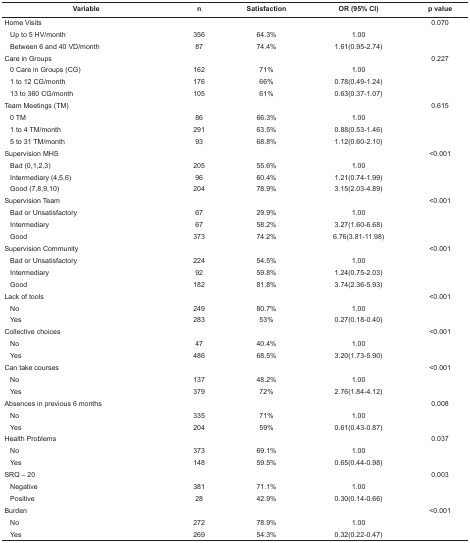
<table><thead><tr><td colspan="2"><b>Variable</b></td><td><b>n</b></td><td><b>Satisfaction</b></td><td><b>OR (95% CI)</b></td><td><b>p value</b></td></tr></thead><tbody><tr><td colspan="2"> Home Visits</td><td></td><td></td><td></td><td> 0.070</td></tr><tr><td></td><td> Up to 5 HV/month</td><td> 356</td><td> 64.3%</td><td> 1.00</td><td></td></tr><tr><td></td><td> Between 6 and 40 VD/month</td><td> 87</td><td> 74.4%</td><td> 1.61(0.95-2.74)</td><td></td></tr><tr><td colspan="2"> Care in Groups</td><td></td><td></td><td></td><td> 0.227</td></tr><tr><td></td><td> 0 Care in Groups (CG)</td><td> 162</td><td> 71%</td><td> 1.00</td><td></td></tr><tr><td></td><td> 1 to 12 CG/month</td><td> 176</td><td> 66%</td><td> 0.78(0.49-1.24)</td><td></td></tr><tr><td></td><td> 13 to 360 CG/month</td><td> 105</td><td> 61%</td><td> 0.63(0.37-1.07)</td><td></td></tr><tr><td colspan="2"> Team Meetings (TM)</td><td></td><td></td><td></td><td> 0.615</td></tr><tr><td></td><td> 0 TM</td><td> 86</td><td> 66.3%</td><td> 1.00</td><td></td></tr><tr><td></td><td> 1 to 4 TM/month</td><td> 291</td><td> 63.5%</td><td> 0.88(0.53-1.46)</td><td></td></tr><tr><td></td><td> 5 to 31 TM/month</td><td> 93</td><td> 68.8%</td><td> 1.12(0.60-2.10)</td><td></td></tr><tr><td colspan="2"> Supervision MHS</td><td></td><td></td><td></td><td> &lt;0.001</td></tr><tr><td></td><td> Bad (0,1,2,3)</td><td> 205</td><td> 55.6%</td><td> 1.00</td><td></td></tr><tr><td></td><td> Intermediary (4,5,6)</td><td> 96</td><td> 60.4%</td><td> 1.21(0.74-1.99)</td><td></td></tr><tr><td></td><td> Good (7,8,9,10)</td><td> 204</td><td> 78.9%</td><td> 3.15(2.03-4.89)</td><td></td></tr><tr><td colspan="2"> Supervision Team</td><td></td><td></td><td></td><td> &lt;0.001</td></tr><tr><td></td><td> Bad or Unsatisfactory</td><td> 67</td><td> 29.9%</td><td> 1.00</td><td></td></tr><tr><td></td><td> Intermediary</td><td> 67</td><td> 58.2%</td><td> 3.27(1.60-6.68)</td><td></td></tr><tr><td></td><td> Good</td><td> 373</td><td> 74.2%</td><td> 6.76(3.81-11.98)</td><td></td></tr><tr><td colspan="2"> Supervision Community</td><td></td><td></td><td></td><td> &lt;0.001</td></tr><tr><td></td><td> Bad or Unsatisfactory</td><td> 224</td><td> 54.5%</td><td> 1.00</td><td></td></tr><tr><td></td><td> Intermediary</td><td> 92</td><td> 59.8%</td><td> 1.24(0.75-2.03)</td><td></td></tr><tr><td></td><td> Good</td><td> 182</td><td> 81.8%</td><td> 3.74(2.36-5.93)</td><td></td></tr><tr><td colspan="2"> Lack of tools</td><td></td><td></td><td></td><td> &lt;0.001</td></tr><tr><td></td><td> No</td><td> 249</td><td> 80.7%</td><td> 1.00</td><td></td></tr><tr><td></td><td> Yes</td><td> 283</td><td> 53%</td><td> 0.27(0.18-0.40)</td><td></td></tr><tr><td colspan="2"> Collective choices</td><td></td><td></td><td></td><td> &lt;0.001</td></tr><tr><td></td><td> No</td><td> 47</td><td> 40.4%</td><td> 1.00</td><td></td></tr><tr><td></td><td> Yes</td><td> 486</td><td> 68.5%</td><td> 3.20(1.73-5.90)</td><td></td></tr><tr><td colspan="2"> Can take courses</td><td></td><td></td><td></td><td> &lt;0.001</td></tr><tr><td></td><td> No</td><td> 137</td><td> 48.2%</td><td> 1.00</td><td></td></tr><tr><td></td><td> Yes</td><td> 379</td><td> 72%</td><td> 2.76(1.84-4.12)</td><td></td></tr><tr><td colspan="2"> Absences in previous 6 months</td><td></td><td></td><td></td><td> 0.008</td></tr><tr><td></td><td> No</td><td> 335</td><td> 71%</td><td> 1.00</td><td></td></tr><tr><td></td><td> Yes</td><td> 204</td><td> 59%</td><td> 0.61(0.43-0.87)</td><td></td></tr><tr><td colspan="2"> Health Problems</td><td></td><td></td><td></td><td> 0.037</td></tr><tr><td></td><td> No</td><td> 373</td><td> 69.1%</td><td> 1.00</td><td></td></tr><tr><td></td><td> Yes</td><td> 148</td><td> 59.5%</td><td> 0.65(0.44-0.98)</td><td></td></tr><tr><td colspan="2"> SRQ – 20</td><td></td><td></td><td></td><td> 0.003</td></tr><tr><td></td><td> Negative</td><td> 381</td><td> 71.1%</td><td> 1.00</td><td></td></tr><tr><td></td><td> Positive</td><td> 28</td><td> 42.9%</td><td> 0.30(0.14-0.66)</td><td></td></tr><tr><td colspan="2"> Burden</td><td></td><td></td><td></td><td> &lt;0.001</td></tr><tr><td></td><td> No</td><td> 272</td><td> 78.9%</td><td> 1.00</td><td></td></tr><tr><td></td><td> Yes</td><td> 269</td><td> 54.3%</td><td> 0.32(0.22-0.47)</td><td></td></tr></tbody></table>